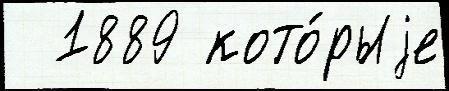
  1889 кото́рыjе